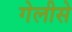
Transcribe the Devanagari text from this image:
गेलीसे